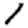
Digit: 1